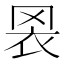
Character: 𦊬